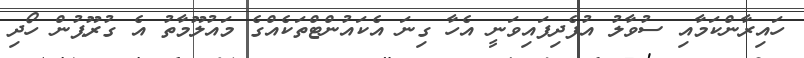
ހައިރާންކަމާއި ސުވާލު އުފެދިފައިވަނީ އެހާ ގިނަ އެކައުންޓްތަކެއްގެ މައުލޫމާތު އެ ގުރޫޕުން ހޯދި